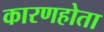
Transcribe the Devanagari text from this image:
कारणहोता